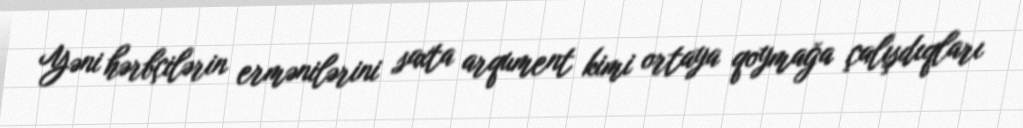
Yəni hərbçilərin ermənilərini saxta arqument kimi ortaya qoymağa çalışdıqları